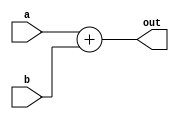
module Adder(a, b, out);
	input [8:0] a, b;
	output [8:0] out;
	assign out = a + b;
endmodule